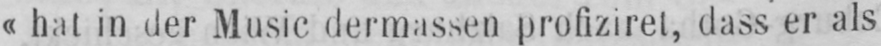
«hat in der Music dermassen profiziret, dass er als